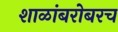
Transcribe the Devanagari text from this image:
शाळांबरोबरच